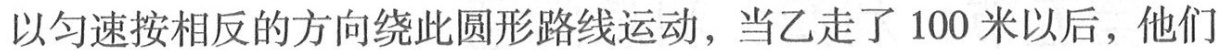
以匀速按相反的方向绕此圆形路线运动，当乙走了100米以后，他们